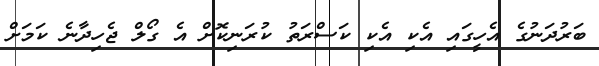
ބަރުދަނުގެ އެހީގައި އެކި އެކި ކަސްރަތު ކުރަނިކޮށް އެ ގޯލް ޖެހިދާނެ ކަމަށް